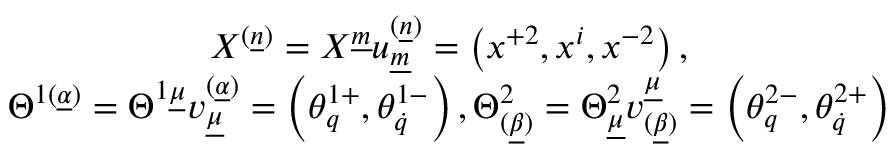
\begin{array} { c } { { X ^ { ( \underline { { n } } ) } = X ^ { \underline { { m } } } u _ { \underline { { m } } } ^ { ( \underline { { n } } ) } = \left( x ^ { + 2 } , x ^ { i } , x ^ { - 2 } \right) , } } \\ { { \Theta ^ { 1 ( \underline { { \alpha } } ) } = \Theta ^ { 1 \underline { { \mu } } } v _ { \underline { { \mu } } } ^ { ( \underline { { \alpha } } ) } = \left( \theta _ { q } ^ { 1 + } , \theta _ { \dot { q } } ^ { 1 - } \right) , \Theta _ { ( \underline { { \beta } } ) } ^ { 2 } = \Theta _ { \underline { { \mu } } } ^ { 2 } v _ { ( \underline { { \beta } } ) } ^ { \underline { { \mu } } } = \left( \theta _ { q } ^ { 2 - } , \theta _ { \dot { q } } ^ { 2 + } \right) } } \end{array}